Bombay plague: being a history of the progress of plague in the Bombay presidency from September 1896 to June 1899
Year: 1896
Disease focus: Plague
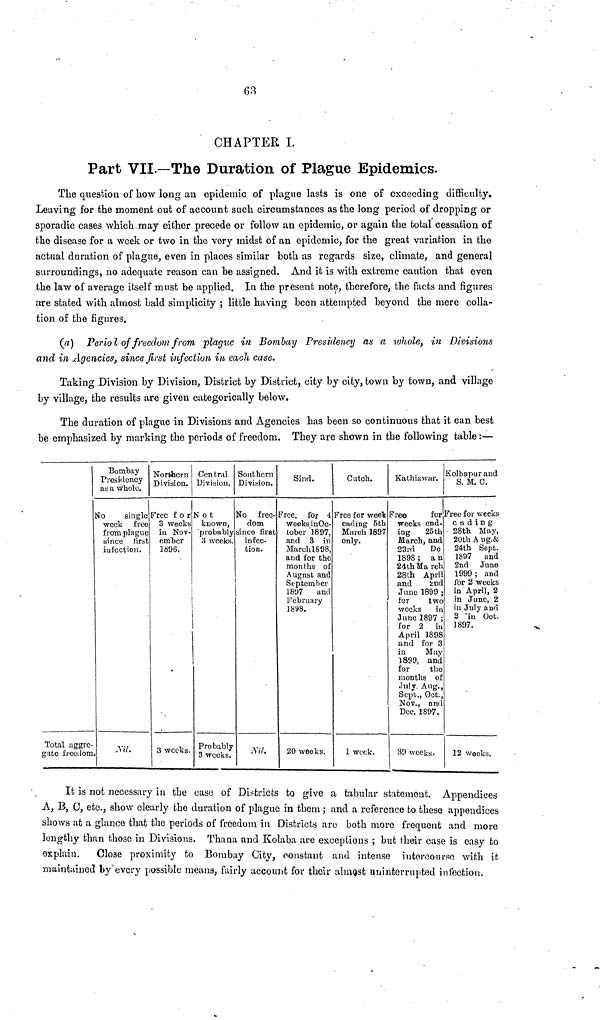
68
CHAPTER L
Part VII.—The Duration of Plague Epidemics.
The question of how long an epidemic of plague lasts is one of exceeding difficulty.
Leaving for the moment out of account such circumstances as the long period of dropping or
sporadic cases which may either precede or follow an epidemic, or again the total cessation of
the disease for a week or two in the very midst of an epidemic, for the great variation in the
actual duration of plague, even in places similar both as regards size, climate, and general
surroundings, no adequate reason can be assigned. And it is with extreme caution that even
the law of average itself must be applied. In the present note, therefore, the facts and figures
are stated with almost bald simplicity ; little having been attempted beyond the mere colla-
tion of the figures.
(a) Period of freedom from plague in Bombay Presidency as a whole, in Divisions
and in Agencies, since first infection in each case.
Taking Division by Division, District by District, city by city, town by town, and village
by village, the results are given categorically below.
The duration of plague in Divisions and Agencies has been so continuous that it can best
be emphasized by marking the periods of freedom. They are shown in the following table :—
Total aggre-
gate freedom.
Bombay
Presidency
as a whole.
No
single
week free
from plague
since first
infection.
Nil.
Northern
Division.
Free for
3 weeks
in Nov-
ember
1896.
3 weeks.
Central
Division.
Not
known,
"probably
3 weeks.
Probably
3 weeks.
Southern
Division.
No free-
dom
since first
infec-
tion.
Nil.
Sind.
Free for 4
weeks in Oc-
tober 1897,
and 3 in
March 1898,
and for the
months of
August and
September
1897
and
February
1898.
20 weeks.
ditch.
Free for week
ending 5th
March 1897
only.
1 week.
Kathiawar.
Free
for
weeks end-
ing
25th
March, and
23rd DC
1898 ; a n
24th March
28th April
and
2nd
June 1899 ;
for
two
weeks in
June 1897 ;
for 2 in
April 1898
and for 3
in
May
1899, and
for
the
months of
July. Aug.,
Sept., Oct.,
Nov., and
Dec. 1897.
39 weeks.
Kolhapur and
S. M. C.
Free for weeks
ending
28th May,
20th Aug.&
24th Sept.
1897 and
2nd June
1999 ; and
for 2 weeks
in April, 2
in June, 2
in July and
2 in Oct.
1897.
12 weeks.
It is not necessary in the case of Districts to give a tabular statement. Appendices
A, B, C, etc., show clearly the duration of plague in them ; and a reference to these appendices
shows at a glance that the periods of freedom in Districts are both more frequent and more
lengthy than those in Divisions. Thana and Kolaba are exceptions ; but their case is easy to
explain.
Close proximity to Bombay City, constant and intense intercourse with it
maintained by every possible means, fairly account for their almost uninterrupted infection,